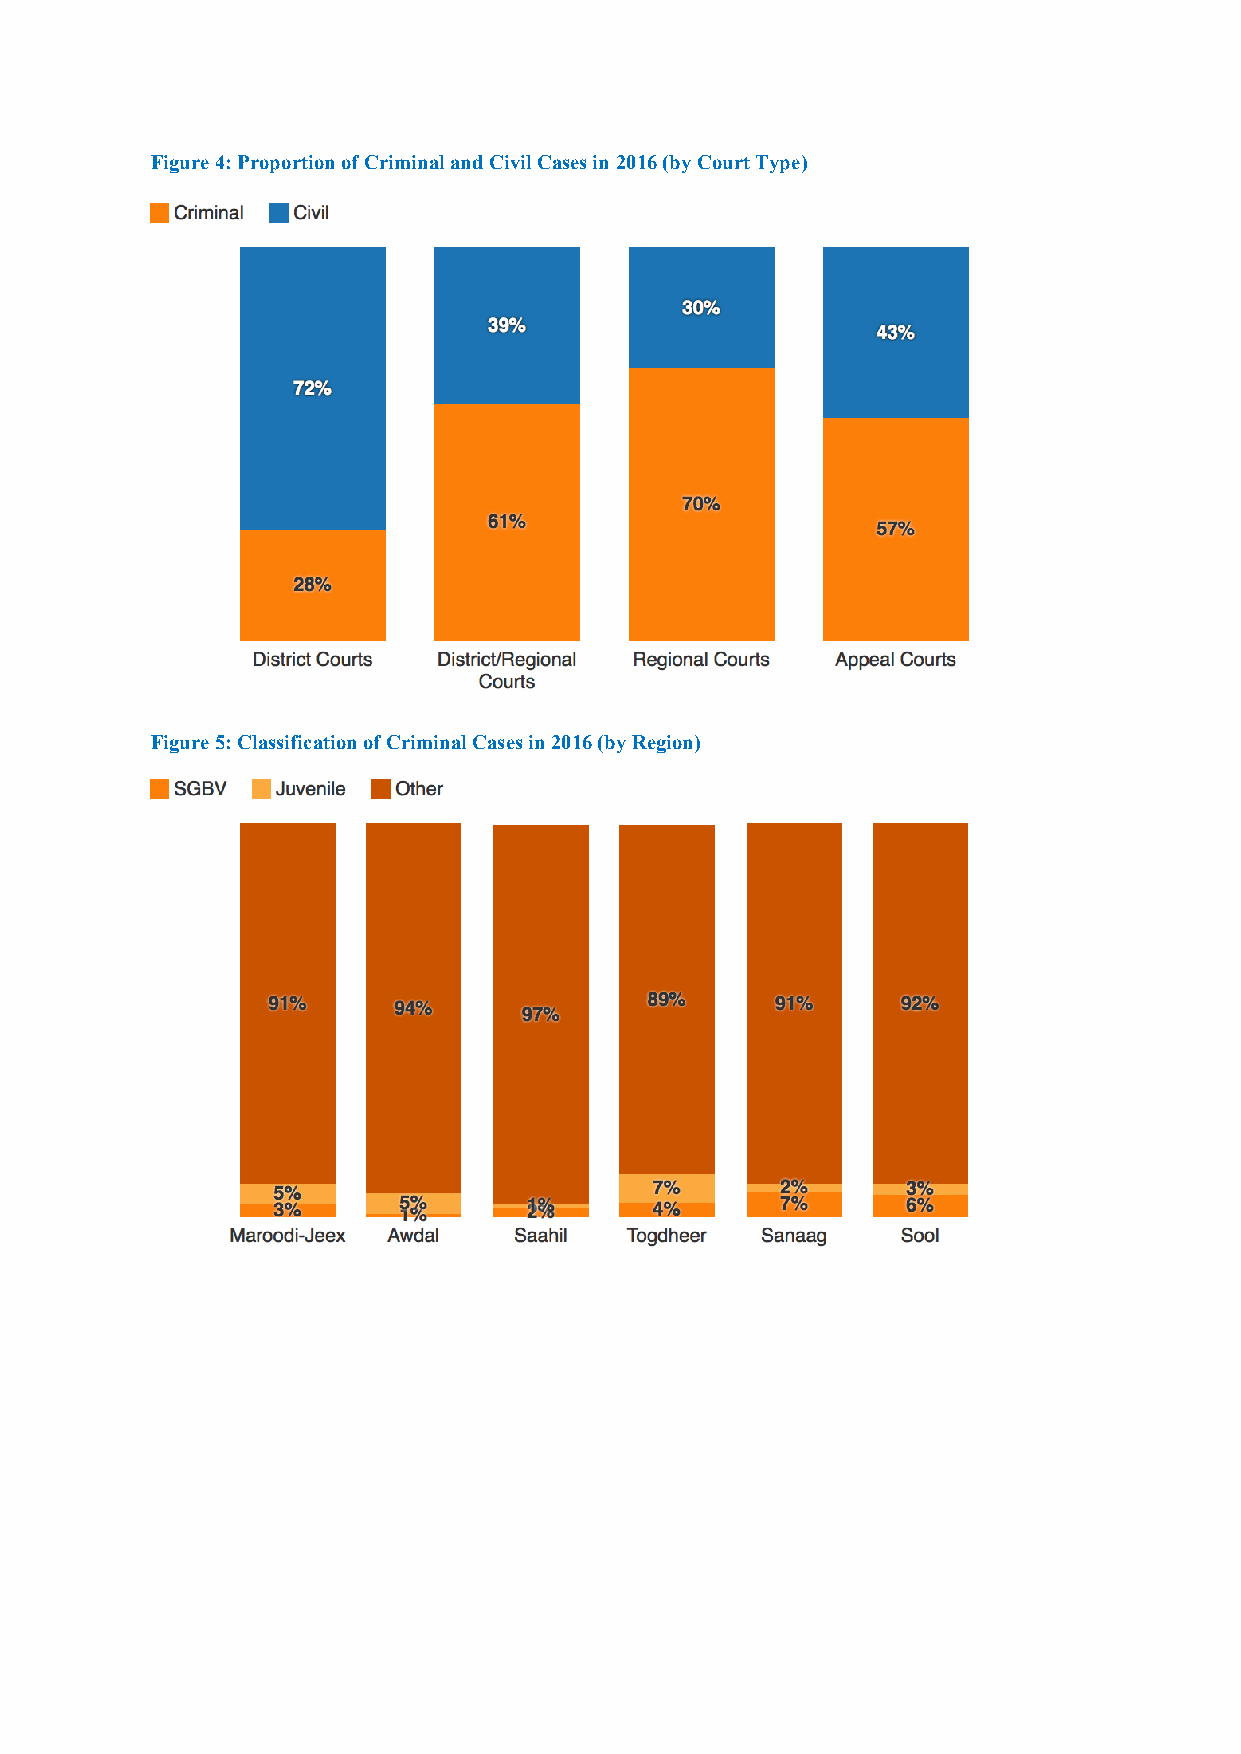
Figure 4: Proportion of Criminal and Civil Cases in 2016 (by Court Type)
 Figure 5: Classification of Criminal Cases in 2016 (by Region)